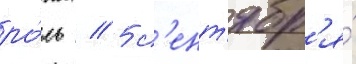
ро́ль // 5 с'ент'ябр'я́